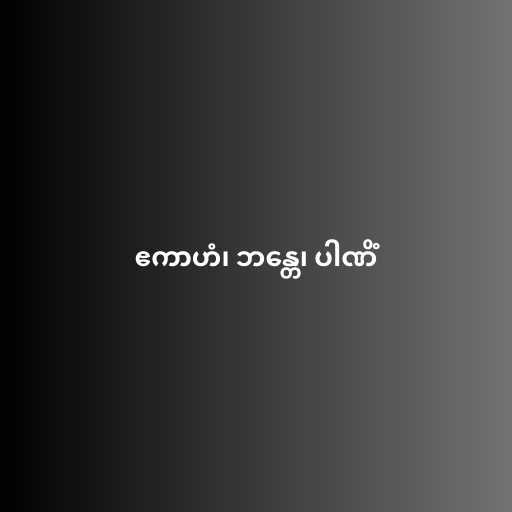
ဧကာဟံ၊ ဘန္တေ၊ ပါဏိံ